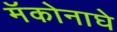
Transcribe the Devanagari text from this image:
मॅकोनाघे